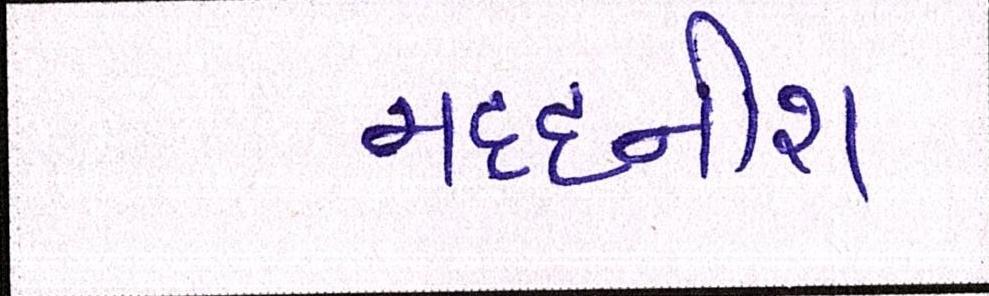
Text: મદદનીશ